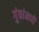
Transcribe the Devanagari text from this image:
गुंफांमध्ये